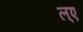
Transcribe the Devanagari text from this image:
ल्ए